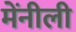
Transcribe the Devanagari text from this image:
मेंनीली